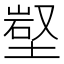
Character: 𡺻